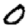
Digit: 0